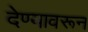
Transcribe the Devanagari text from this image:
देण्यावरून